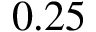
0 . 2 5